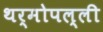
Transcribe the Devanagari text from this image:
थर्मोपल्ली